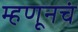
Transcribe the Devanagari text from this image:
म्हणूनचं